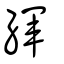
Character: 緷